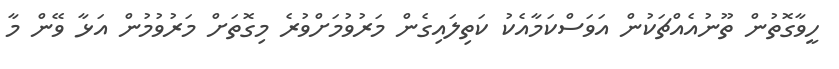
ހީވާގޮތުން ތޫނުއެއްޗަކުން އަވަސްކަމާއެކު ކަތިލައިގެން މަރުވުމަށްވުރެ މިގޮތަށް މަރުވުމުން އަޅާ ވޭން މާ